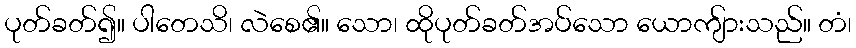
ပုတ်ခတ်၍။ ပါတေသိ၊ လဲစေ၏။ သော၊ ထိုပုတ်ခတ်အပ်သော ယောကျ်ားသည်။ တံ၊